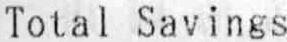
TOTAL SAVINGS